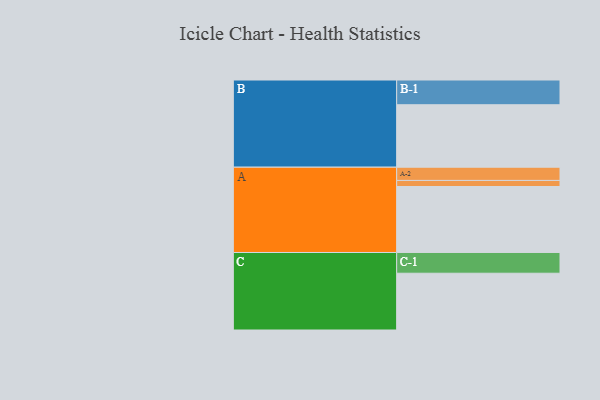
{"axis": {"x": "Segment", "y": "Value"}, "legend": ["", "A", "B", "C"], "data": [{"x": "A", "y": 544, "type": ""}, {"x": "B", "y": 515, "type": ""}, {"x": "C", "y": 468, "type": ""}, {"x": "A-1", "y": 50, "type": "A"}, {"x": "A-2", "y": 109, "type": "A"}, {"x": "B-1", "y": 204, "type": "B"}, {"x": "C-1", "y": 171, "type": "C"}]}